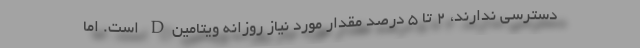
دسترسی ندارند، ۲ تا ۵ درصد مقدار مورد نیاز روزانه ویتامینD است. اما